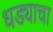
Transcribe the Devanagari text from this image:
धड्याचा